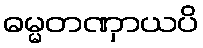
ဓမ္မတဏှာယပိ